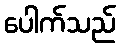
ပေါက်သည်